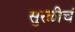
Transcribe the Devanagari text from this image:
सुरळीचं